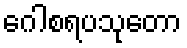
ဂေါစရပသုတော